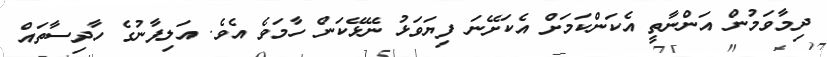
ދިމާވަމުން އަންނާތީ އެކަންކަމަށް އެކަށޭނަ ފިޔަވަޅު ނޭޅޭކަން ހާމަވެ އެވެ. އަލިފާނުގެ ހާދިސާތައް